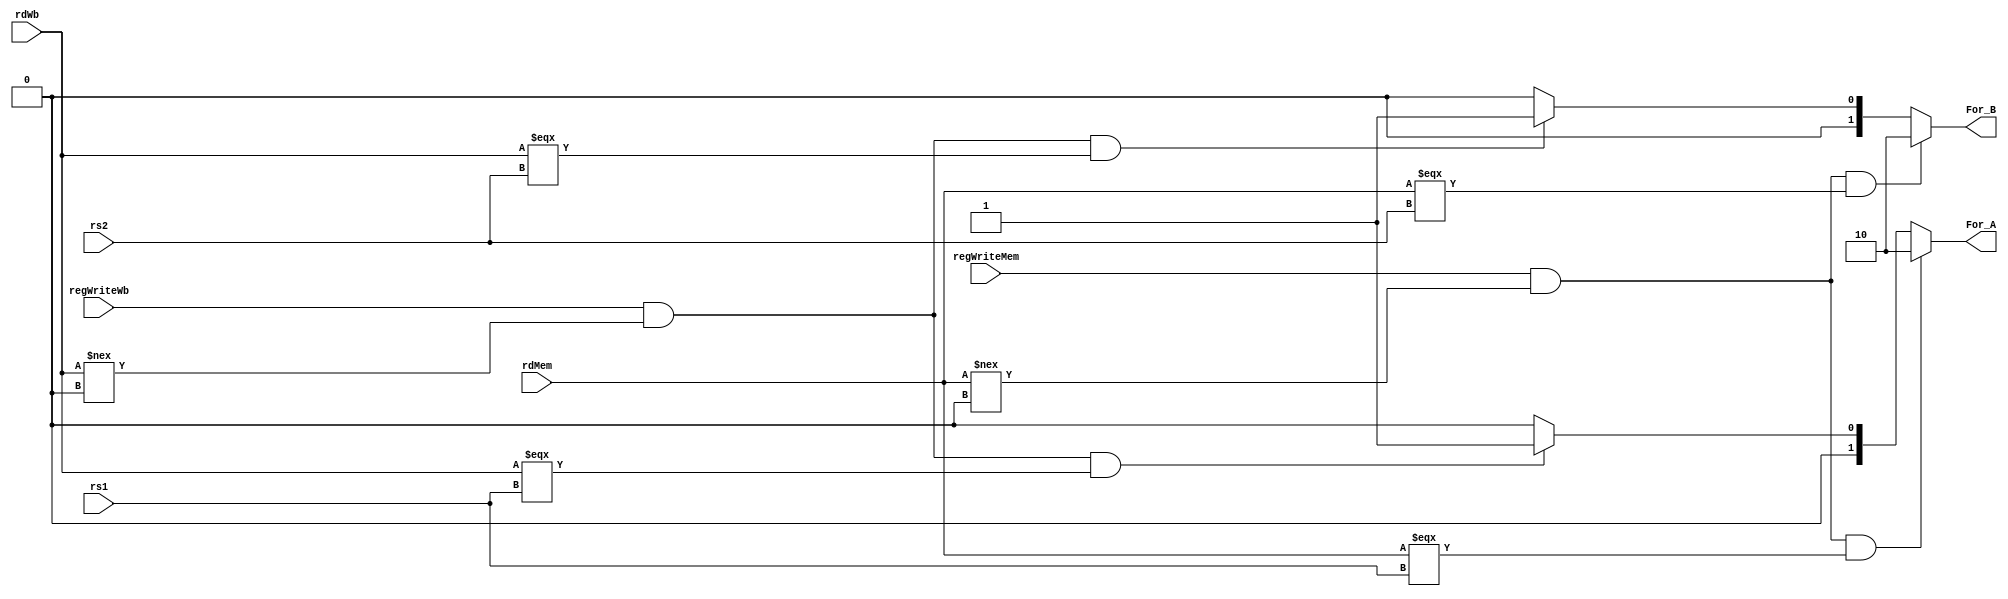
module ForwardingUnit(
  input [4:0] rdMem,
  input regWriteMem, 
  input [4:0] rdWb, 
  input regWriteWb, 
  input [4:0] rs1, 
  input [4:0] rs2,
  output [1:0] For_A, 
  output [1:0] For_B
);
		reg [1:0] ForwardA;
		reg [1:0] ForwardB;
	  always @(rdMem or rdWb or regWriteMem or regWriteWb or rs1 or rs2)
	  begin
		 if (regWriteMem && (rdMem !== 5'b0) && (rdMem === rs2))
			ForwardB = 2'b10;
		 else if (regWriteWb && (rdWb !== 5'b0) && (rdWb === rs2))
			ForwardB <= 2'b01;
		 else
			ForwardB <= 2'b00;

		 
		 if (regWriteMem && (rdMem !== 5'b0) && (rdMem === rs1))
			ForwardA <= 2'b10;
		 else if (regWriteWb && (rdWb !== 5'b0) && (rdWb === rs1))
			ForwardA <= 2'b01;
		 else
			ForwardA <= 2'b00;
	  end
	  assign For_A = ForwardA;
	  assign For_B = ForwardB;
endmodule